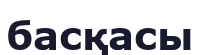
басқасы